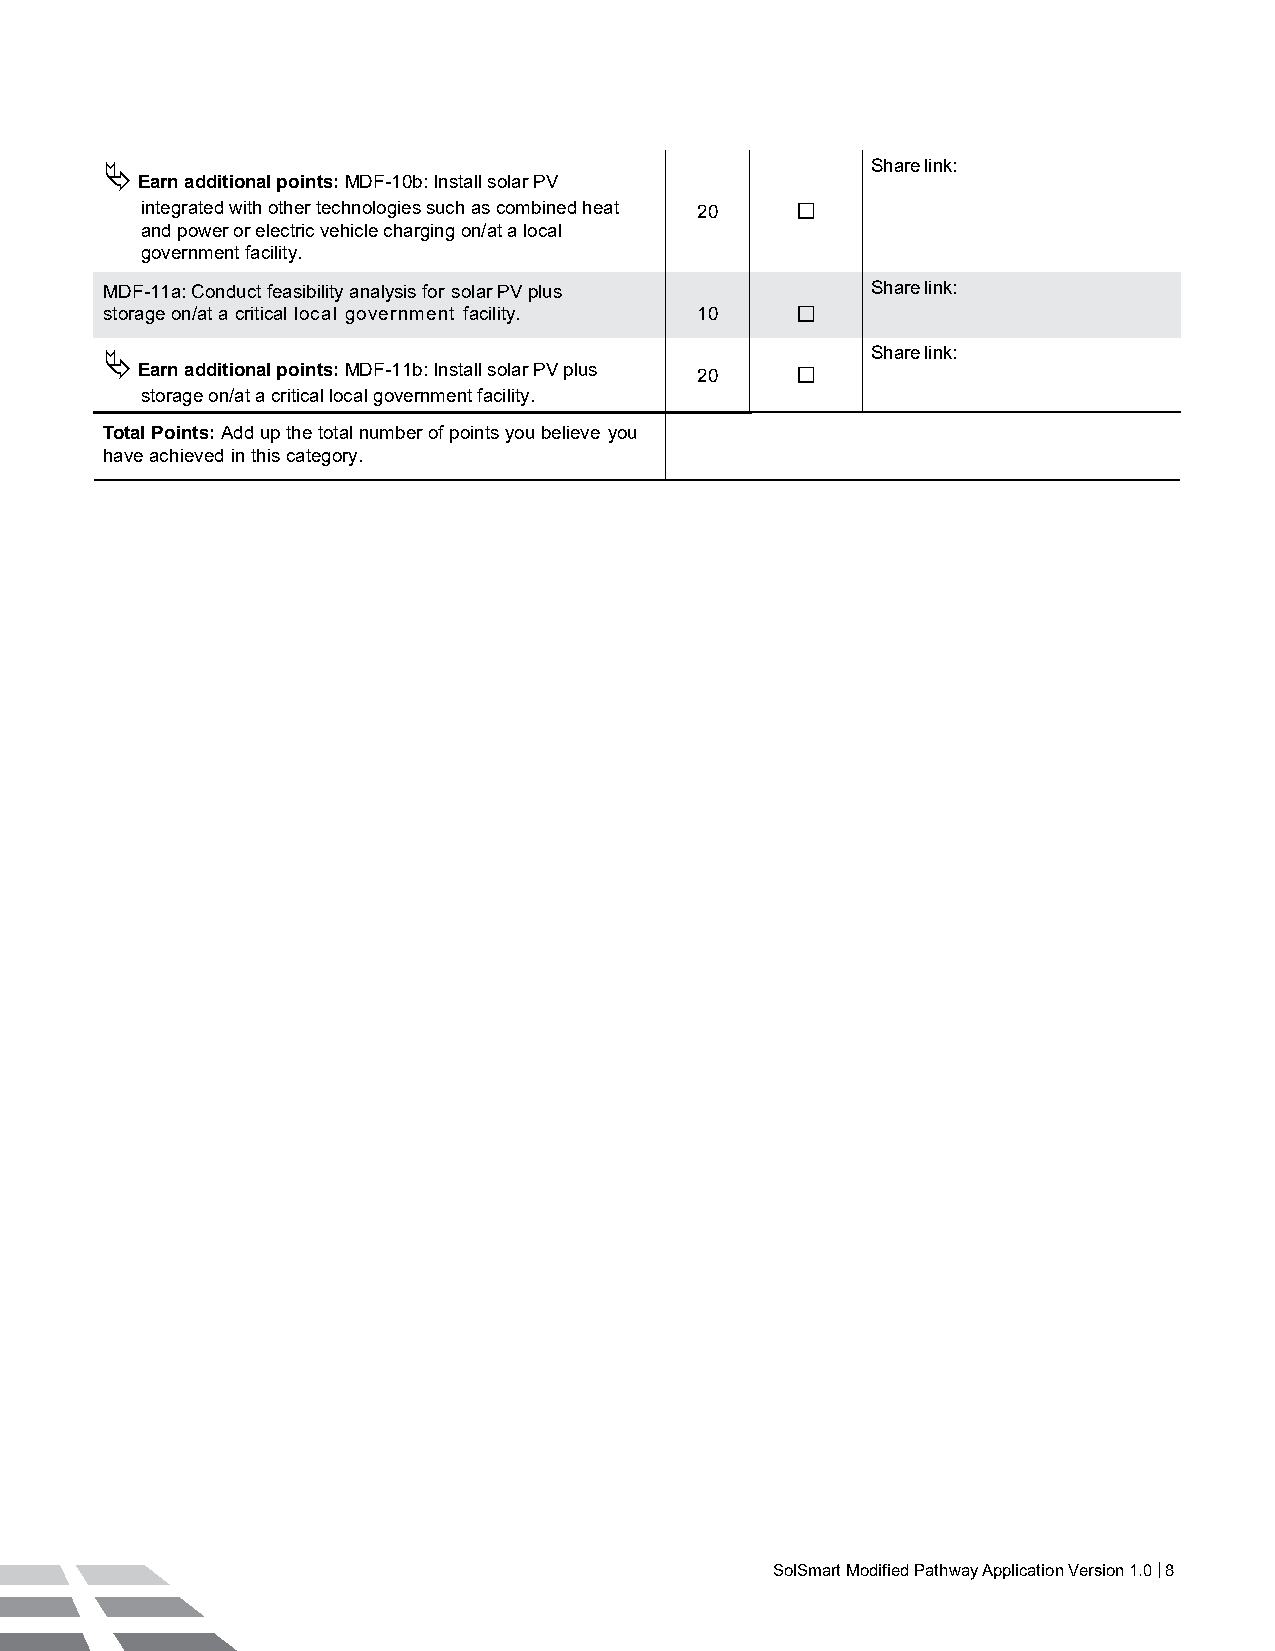
                                                 Share link:
 Earn additional points: MDF-10b: Install solar PV
 integrated with other technologies such as combined heat 20 
 and power or electric vehicle charging on/at a local
 government facility.
 MDF-11a: Conduct feasibility analysis for solar PV plus Share link:
 storage on/at a critical local government facility. 10 
                                                  Share link:
 Earn additional points: MDF-11b: Install solar PV plus 20 
 storage on/at a critical local government facility.
 Total Points: Add up the total number of points you believe you
 
 have achieved in this category.
 SolSmart Modified Pathway Application Version 1.0 | 8